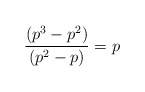
\begin{align*}\frac{(p^3-p^2)}{(p^2-p)} = p\end{align*}